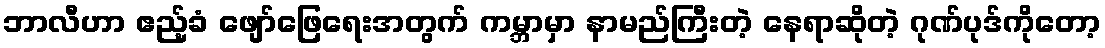
ဘာလီဟာ ဧည့်ခံ ဖျော်ဖြေရေးအတွက် ကမ္ဘာမှာ နာမည်ကြီးတဲ့ နေရာဆိုတဲ့ ဂုဏ်ပုဒ်ကိုတော့